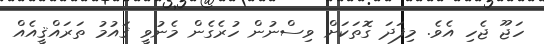
ހަޖޫ ޖެހި އެވެ. މިފަދަ ގޮތަކަށް ވިސްނުން ހުރެގެން މެނުވީ ޤައުމު ތަރައްޤީއެއް